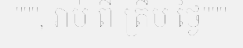
""", រាប់ ពី ត្រឹម ថ្ងៃ"""